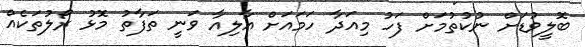
ބޮލީވުޑަށް ނުކުތުމަށް ފަހު މިއަދާ ހަމައަށް އާލިއާ ވަނީ ތަފާތު މޮޅު ރޯލުތަކެއް